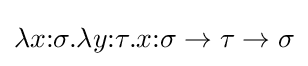
\lambda x{\mathbin {:}}\sigma .\lambda y{\mathbin {:}}\tau .x{\mathbin {:}}\sigma \to \tau \to \sigma